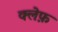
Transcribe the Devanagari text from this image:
क्लेफ़